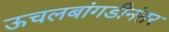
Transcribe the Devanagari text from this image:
ऊचलबांगडीनंतर